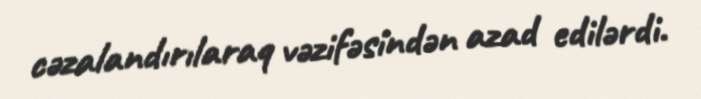
cəzalandırılaraq vəzifəsindən azad edilərdi.